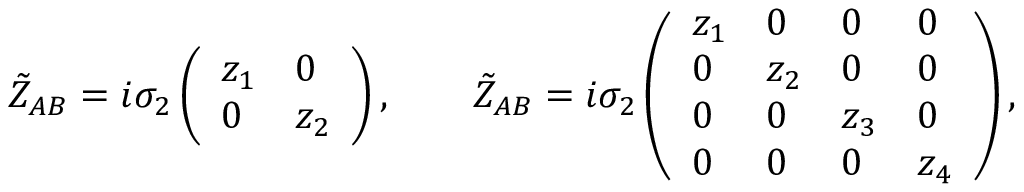
\tilde { Z } _ { A B } = i \sigma _ { 2 } \left( \begin{array} { l l } { { z _ { 1 } } } & { { 0 } } \\ { { 0 } } & { { z _ { 2 } } } \end{array} \right) , \qquad \tilde { Z } _ { A B } = i \sigma _ { 2 } \left( \begin{array} { l l l l } { { z _ { 1 } } } & { { 0 } } & { { 0 } } & { { 0 } } \\ { { 0 } } & { { z _ { 2 } } } & { { 0 } } & { { 0 } } \\ { { 0 } } & { { 0 } } & { { z _ { 3 } } } & { { 0 } } \\ { { 0 } } & { { 0 } } & { { 0 } } & { { z _ { 4 } } } \end{array} \right) ,